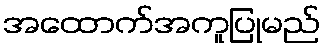
အထောက်အကူပြုမည်